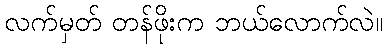
လက်မှတ် တန်ဖိုးက ဘယ်လောက်လဲ။